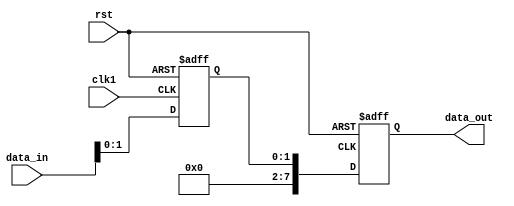
module timing_control_sync_block (
    input wire clk1, // Clock signal from domain 1
    input wire rst, // Reset signal
    input wire [7:0] data_in, // Input data signal
    output reg [7:0] data_out // Output synchronized data signal
);

// Clock domain crossing logic using a synchronizer
reg [1:0] data_sync;
always @(posedge clk1 or posedge rst) begin
    if (rst) begin
        data_sync <= 2'b00;
    end else begin
        data_sync <= {data_sync[0], data_in};
    end
end

// Output data synchronization circuit
always @(posedge clk2 or posedge rst) begin
    if (rst) begin
        data_out <= 8'b00000000;
    end else begin
        data_out <= data_sync;
    end
end

endmodule